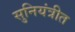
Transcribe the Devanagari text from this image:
सुनियंत्रीत